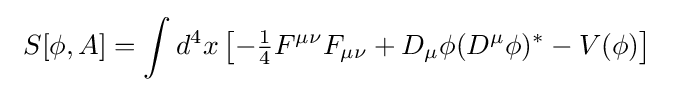
\ S[\phi ,A]=\int d^{4}x\left[-{\tfrac {1}{4}}F^{\mu \nu }F_{\mu \nu }+D_{\mu }\phi (D^{\mu }\phi )^{*}-V(\phi )\right]\